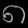
Digit: ၈